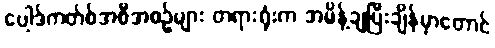
ပေါ့ဒ်ကတ်စ်အစီအစဉ်များ တရားရုံးက အမိန့်ချပြီးချိန်မှာတောင်